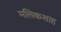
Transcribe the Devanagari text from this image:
मलिकशाह